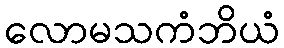
လောမသကံဘိယံ